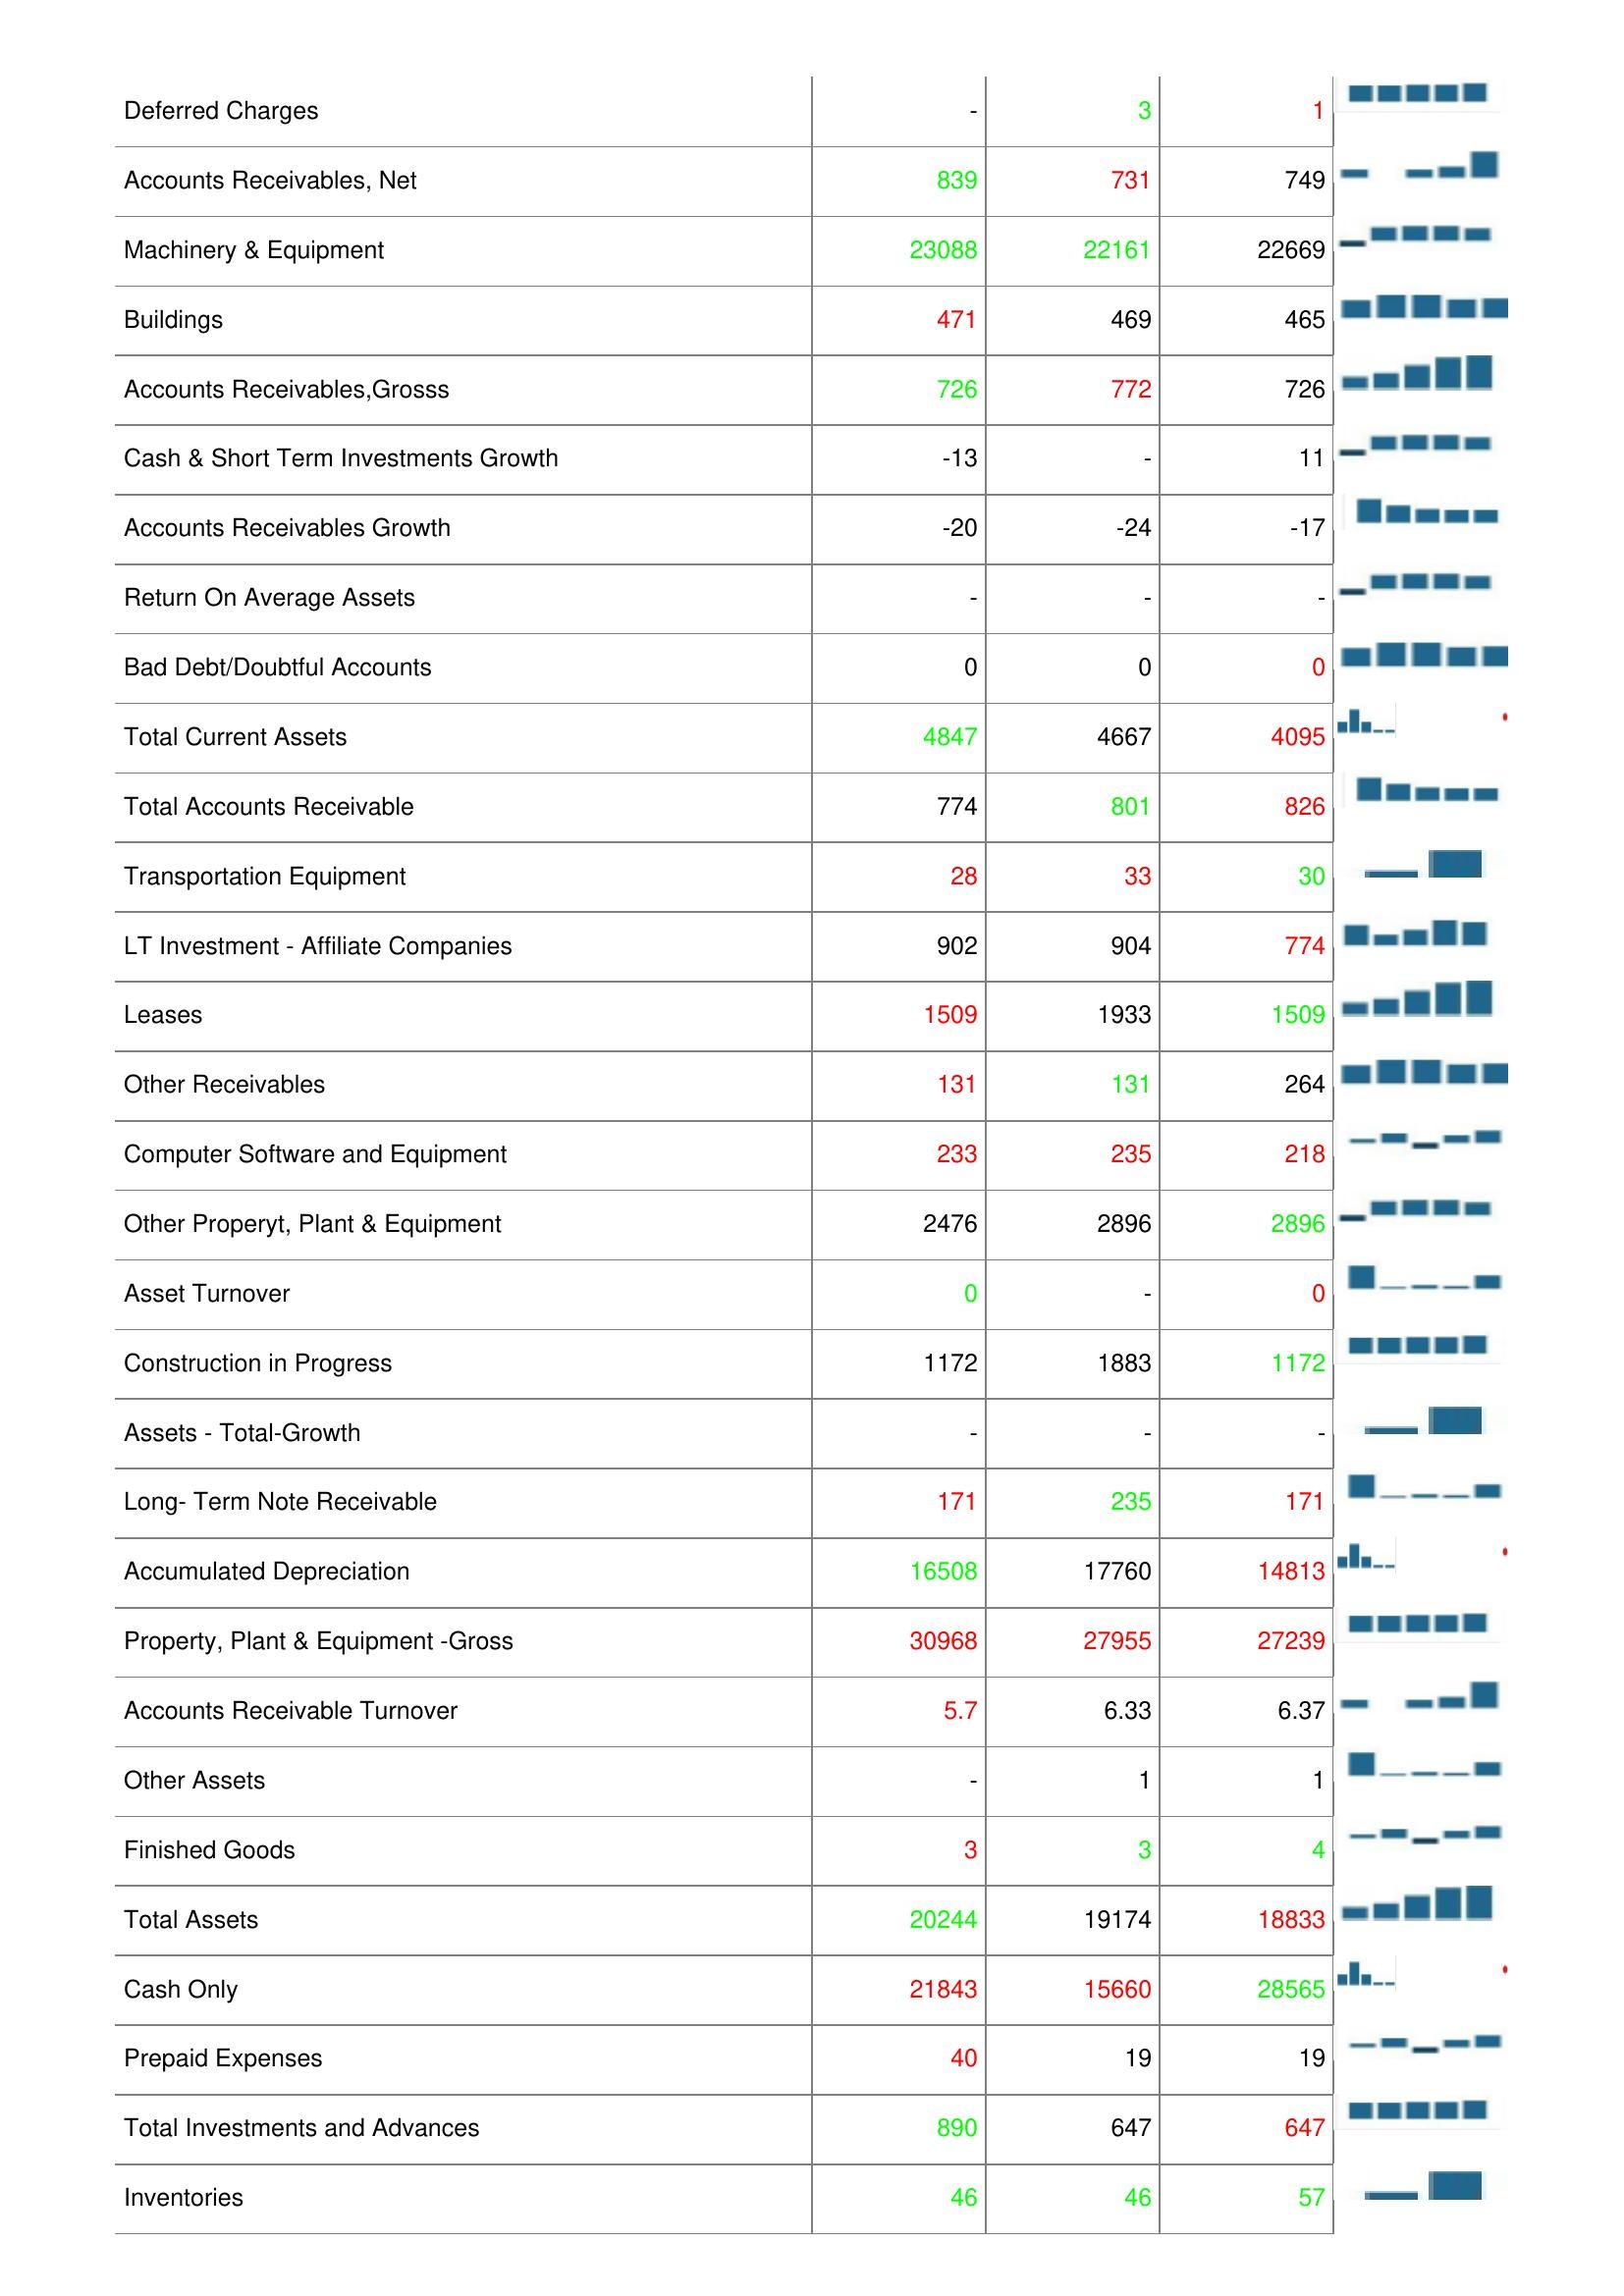
2018: Assets: Net Property,Plant & Equipment: 12518
Cash & Short Term Investments: 3795
Other Current Assets: 25
Land & Improvements: 119
Raw Materials: 67
Cash & ST Investments / Total Assets: 18.95%
Deferred Charges: -
Accounts Receivables, Net: 839
Machinery & Equipment: 23088
Buildings: 471
Accounts Receivables,Grosss: 726
Cash & Short Term Investments Growth: -13
Accounts Receivables Growth: -20
Return On Average Assets: -
Bad Debt/Doubtful Accounts: 0
Total Current Assets: 4847
Total Accounts Receivable: 774
Transportation Equipment: 28
LT Investment - Affiliate Companies: 902
Leases: 1509
Other Receivables: 131
Computer Software and Equipment: 233
Other Properyt, Plant & Equipment: 2476
Asset Turnover: 0
Construction in Progress: 1172
Assets - Total-Growth: -
Long- Term Note Receivable: 171
Accumulated Depreciation: 16508
Property, Plant & Equipment -Gross: 30968
Accounts Receivable Turnover: 5.7
Other Assets: -
Finished Goods: 3
Total Assets: 20244
Cash Only: 21843
Prepaid Expenses: 40
Total Investments and Advances: 890
Inventories: 46
2017: Assets: Net Property,Plant & Equipment: 12857
Cash & Short Term Investments: 3559
Other Current Assets: 22
Land & Improvements: 120
Raw Materials: 57
Cash & ST Investments / Total Assets: 17.51%
Deferred Charges: 3
Accounts Receivables, Net: 731
Machinery & Equipment: 22161
Buildings: 469
Accounts Receivables,Grosss: 772
Cash & Short Term Investments Growth: -
Accounts Receivables Growth: -24
Return On Average Assets: -
Bad Debt/Doubtful Accounts: 0
Total Current Assets: 4667
Total Accounts Receivable: 801
Transportation Equipment: 33
LT Investment - Affiliate Companies: 904
Leases: 1933
Other Receivables: 131
Computer Software and Equipment: 235
Other Properyt, Plant & Equipment: 2896
Asset Turnover: -
Construction in Progress: 1883
Assets - Total-Growth: -
Long- Term Note Receivable: 235
Accumulated Depreciation: 17760
Property, Plant & Equipment -Gross: 27955
Accounts Receivable Turnover: 6.33
Other Assets: 1
Finished Goods: 3
Total Assets: 19174
Cash Only: 15660
Prepaid Expenses: 19
Total Investments and Advances: 647
Inventories: 46
2016: Assets: Net Property,Plant & Equipment: 12518
Cash & Short Term Investments: 3823
Other Current Assets: 29
Land & Improvements: 115
Raw Materials: 67
Cash & ST Investments / Total Assets: 19.98%
Deferred Charges: 1
Accounts Receivables, Net: 749
Machinery & Equipment: 22669
Buildings: 465
Accounts Receivables,Grosss: 726
Cash & Short Term Investments Growth: 11
Accounts Receivables Growth: -17
Return On Average Assets: -
Bad Debt/Doubtful Accounts: 0
Total Current Assets: 4095
Total Accounts Receivable: 826
Transportation Equipment: 30
LT Investment - Affiliate Companies: 774
Leases: 1509
Other Receivables: 264
Computer Software and Equipment: 218
Other Properyt, Plant & Equipment: 2896
Asset Turnover: 0
Construction in Progress: 1172
Assets - Total-Growth: -
Long- Term Note Receivable: 171
Accumulated Depreciation: 14813
Property, Plant & Equipment -Gross: 27239
Accounts Receivable Turnover: 6.37
Other Assets: 1
Finished Goods: 4
Total Assets: 18833
Cash Only: 28565
Prepaid Expenses: 19
Total Investments and Advances: 647
Inventories: 57